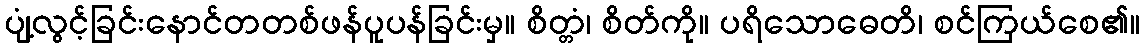
ပျံ့လွင့်ခြင်းနောင်တတစ်ဖန်ပူပန်ခြင်းမှ။ စိတ္တံ၊ စိတ်ကို။ ပရိသောဓေတိ၊ စင်ကြယ်စေ၏။